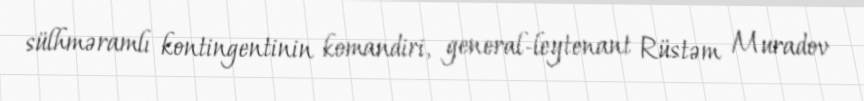
sülhməramlı kontingentinin komandiri, general-leytenant Rüstəm Muradov